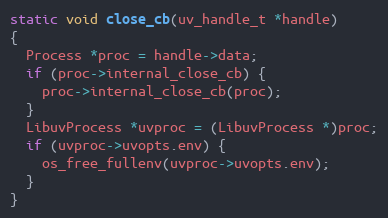
Language: C
static void close_cb(uv_handle_t *handle)
{
  Process *proc = handle->data;
  if (proc->internal_close_cb) {
    proc->internal_close_cb(proc);
  }
  LibuvProcess *uvproc = (LibuvProcess *)proc;
  if (uvproc->uvopts.env) {
    os_free_fullenv(uvproc->uvopts.env);
  }
}